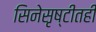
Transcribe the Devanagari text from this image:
सिनेसृष्टीतही